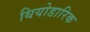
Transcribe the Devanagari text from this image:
थियोडारिक